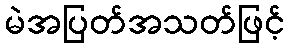
မဲအပြတ်အသတ်ဖြင့်